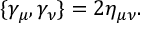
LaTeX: \{ \gamma _ { \mu } , \gamma _ { \nu } \} = 2 \eta _ { \mu \nu } .